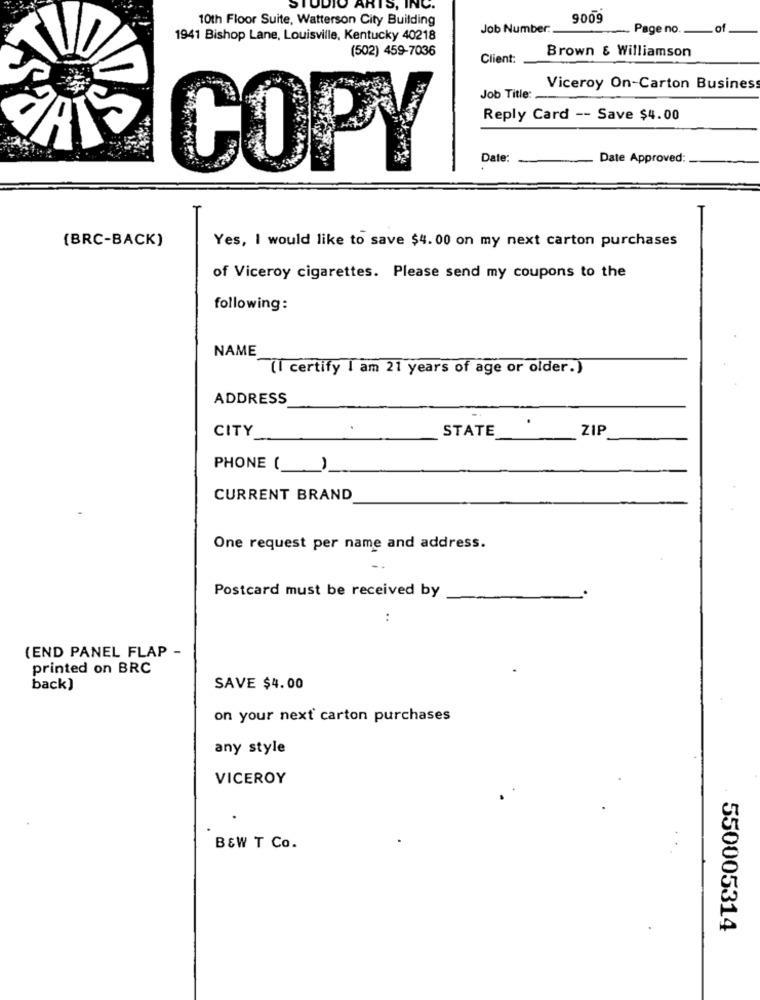
IS, INC.
10th Floor Suite, Watterson City Building
9009
Job Number:
Page no ..
.of
1941 Bishop Lane, Louisville, Kentucky 40218
(502) 459-7036
Client:
Brown & Williamson
Viceroy On-Carton Busines
Job Title:
Reply Card -- Save $4.00
Date:
Date Approved:
COPY
[BRC-BACK)
Yes, I would like to save $4. 00 on my next carton purchases
of Viceroy cigarettes. Please send my coupons to the
following:
NAME
(I certify I am 21 years of age or older.)
ADDRESS
.
CITY
STATE
ZIP
PHONE ()
CURRENT BRAND
One request per name and address.
Postcard must be received by
:
(END PANEL FLAP -
printed on BRC
back)
SAVE $4.00
on your next carton purchases
any style
VICEROY
B&W T Co.
550005314